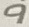
Text: 9